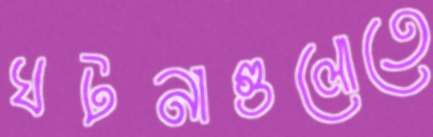
ঘটনাগুলোতে